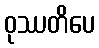
ဝုဿတိပေ